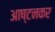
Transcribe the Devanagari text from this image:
आष्टनकर